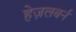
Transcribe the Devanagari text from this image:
हेज़लबर्न